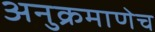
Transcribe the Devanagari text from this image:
अनुक्रमाणेच